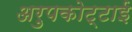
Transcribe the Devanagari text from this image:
अरुपकोट्टाई